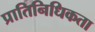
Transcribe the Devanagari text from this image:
प्रातिनिधिकता